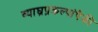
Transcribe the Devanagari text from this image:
व्याघ्रप्रकल्पांपैकी